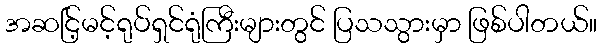
အဆင်ြ့မင့်ရုပ်ရှင်ရုံကြီးများတွင် ပြသသွားမှာ ဖြစ်ပါတယ်။